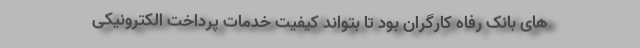
های بانک رفاه کارگران بود تا بتواند کیفیت خدمات پرداخت الکترونیکی